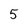
Character: 5